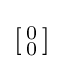
\left[{\begin{smallmatrix}0\\0\end{smallmatrix}}\right]